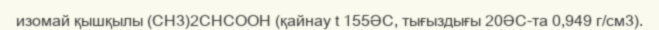
изомай қышқылы (CH3)2CHCOOH (қайнау t 155ӘС, тығыздығы 20ӘС-та 0,949 г/см3).